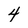
Character: 4